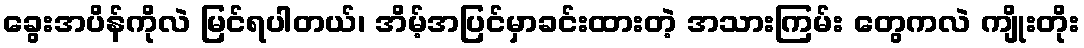
ခွေးအပိန်ကိုလဲ မြင်ရပါတယ်၊ အိမ့်အပြင်မှာခင်းထားတဲ့ အသားကြမ်း တွေကလဲ ကျိုးတိုး